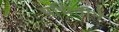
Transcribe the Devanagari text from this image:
पद्मिनीने